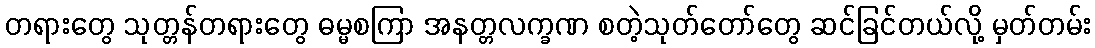
တရားတွေ သုတ္တန်တရားတွေ ဓမ္မစကြာ အနတ္တလက္ခဏ စတဲ့သုတ်တော်တွေ ဆင်ခြင်တယ်လို့ မှတ်တမ်း